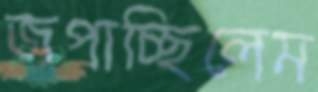
জপাচ্ছিলেম